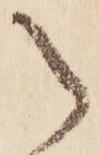
之